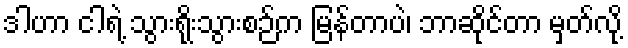
ဒါဟာ ငါရဲ့ သွားရိုးသွားစဉ်က မြန်တာပဲ၊ ဘာဆိုင်တာ မှတ်လို့